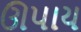
ઊપાય